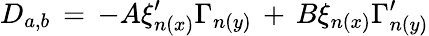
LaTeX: D_{a,b}\, =\, -A\xi_{n(x)}^{\prime}\Gamma_{n(y)}\, +\, B\xi_{n(x)}\Gamma_{n(y)}^{\prime}